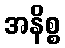
အနိစ္စ